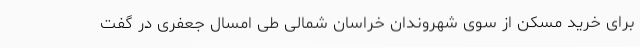
برای خرید مسکن از سوی شهروندان خراسان شمالی طی امسال جعفری در گفت